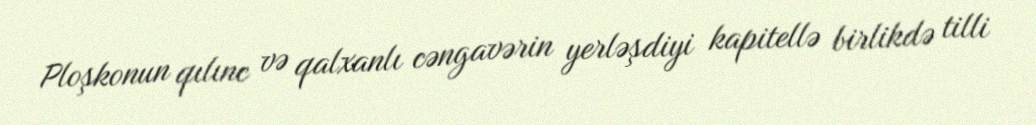
Ploşkonun qılınc və qalxanlı cəngavərin yerləşdiyi kapitellə birlikdə tilli